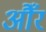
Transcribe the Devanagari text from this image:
औँर